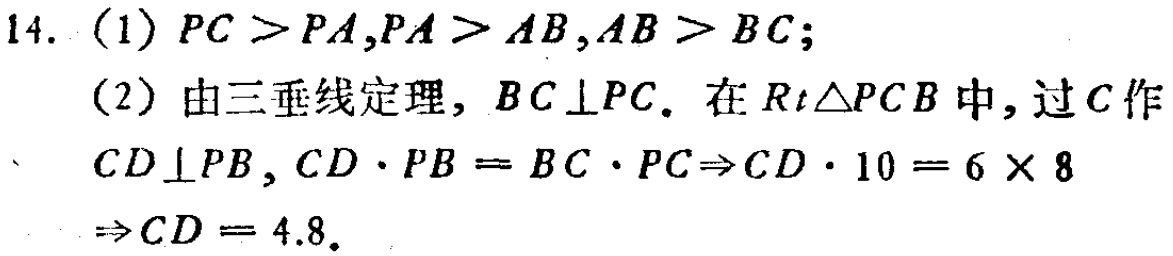
14. (1) \(PC > PA,PA > AB,AB > BC\);
(2) 由三垂线定理, \(BC\perp PC\). 在 \(Rt\triangle PCB\) 中, 过 \(C\) 作 \(CD\perp PB\), \(CD\cdot PB = BC\cdot PC\Rightarrow CD\cdot 10 = 6\times 8\Rightarrow CD = 4.8\).